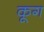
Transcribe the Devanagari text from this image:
कूग